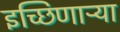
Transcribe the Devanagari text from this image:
इच्छिणाऱ्र्‍या